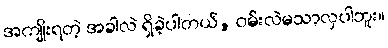
အကျိုးရတဲ့ အခါလဲ ရှိခဲ့ပါတယ်, ဝမ်းလဲမသာလှပါဘူး။